Vaccination report Assam 1896-1927 - 1896-1927
Year: 1896
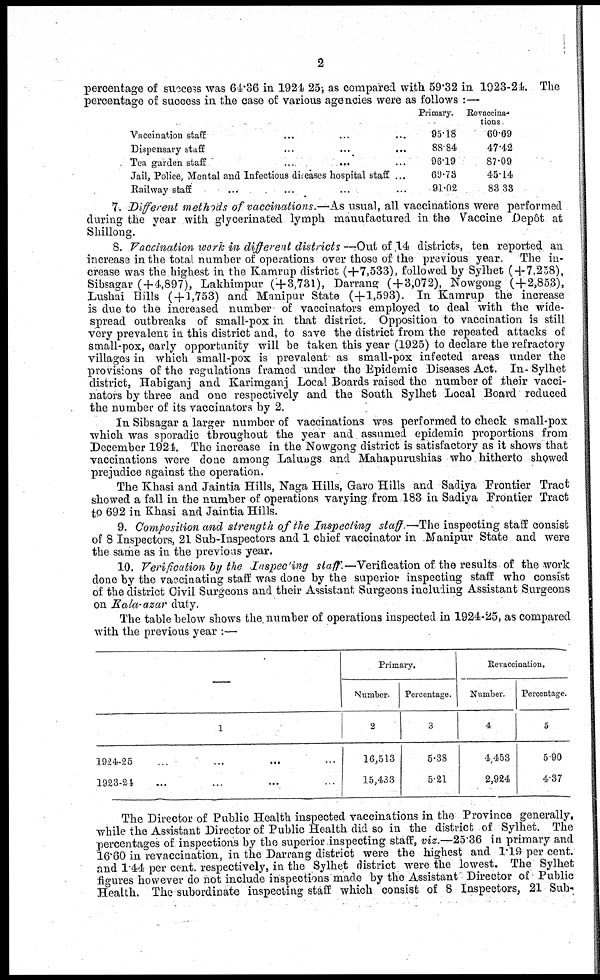
2
percentage of success was 64.86 in 1924-25; as compared with 59.32 in 1923-24. The
percentage of success in the case of various agencies were as follows :—
Vaccination staff... ... ...
Dispensary staff... ... ...
Tea garden staff... ... ...
Jail, Police, Mental and Infectious diseases hospital staff ...
Railway staff... ... ...
Primary.
95.18
88.84
96.19
69.73
91.02
Revaccina-
tions
60.69
47.42
87.09
45.14
83.33
7. Different methods of vaccinations.—As usual, all vaccinations were performed
during the year with glycerinated lymph manufactured in the Vaccine Depôt at
Shillong.
8. Vaccination work in different districts —Out of 14 districts, ten reported an
increase in the total number of operations over those of the previous year. The in-
crease was the highest in the Kamrup district (+7,533), followed by Sylhet (+7,258),
Sibsagar (+4,897), Lakhimpur (+3,731), Darrang (+3,072), Nowgong (+2,853),
Lushai Hills ( + 1,753) and Manipur State (+1,593). In Kamrup the increase
is due to the increased number of vaccinators employed to deal with the wide-
spread outbreaks of small-pox in that district. Opposition to vaccination is still
very prevalent in this district and, to save the district from the repeated attacks of
small-pox, early opportunity will be taken this year (1925) to declare the refractory
villages in which small-pox is prevalent as small-pox infected areas under the
provisions of the regulations framed under the Epidemic Diseases Act. In- Sylhet
district, Habiganj and Karimganj Local Boards raised the number of their vacci-
nators by three and one respectively and the South Sylhet Local Board reduced
the number of its vaccinators by 2.
In Sibsagar a larger number of vaccinations was performed to check small-pox
which was sporadic throughout the year and assumed epidemic proportions from
December 1924. The increase in the Nowgong district is satisfactory as it shows that
vaccinations were done among Lalungs and Mahapurushias who hitherto showed
prejudice against the operation.
The Khasi and Jaintia Hills, Naga Hills, Garo Hills and Sadiya Frontier Tract
showed a fall in the number of operations varying from 183 in Sadiya Frontier Tract
to 692 in Khasi and Jaintia Hills.
9. Composition and strength of the Inspecting staff.—-The inspecting staff consist
of 8 Inspectors, 21 Sub-Inspectors and 1 chief vaccinator in Manipur State and were
the same as in the previous year.
10. Verification by the Inspecting staff.—Verification of the results of the work
done by the vaccinating staff was done by the superior inspecting staff who consist
of the district Civil Surgeons and their Assistant Surgeons including Assistant Surgeons
on Kala-azar duty.
The table below shows the, number of operations inspected in 1924-25, as compared
with the previous year :—
—
1
1924-25... ...
1923-21... ...
Primary.
Number.
2
16,513
15,433
Percentage.
3
5.38
5.21
Revaccination.
Number.
4
4,453
2,924
Percentage.
5
5.90
4.37
The Director of Public Health inspected vaccinations in the Province generally,
while the Assistant Director of Public Health did so in the district of Sylhet. The
percentages of inspections by the superior inspecting staff, viz.—25.36 in primary and
16.60 in revaccination, in the Darrang district were the highest and 1.19 per cent.
and 1.44 per cent. respectively, in the Sylhet district were the lowest. The Sylhet
figures however do not include inspections made by the Assistant Director of Public
Health. The subordinate inspecting staff which consist of 8 Inspectors, 21 Sub-